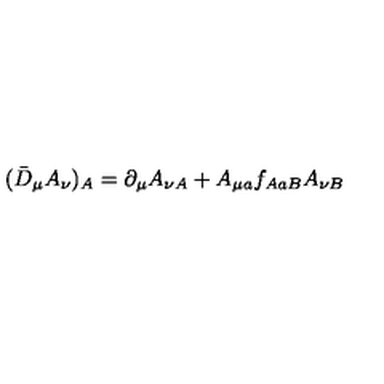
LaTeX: ( \bar { D } _ { \mu } A _ { \nu } ) _ { A } = \partial _ { \mu } A _ { \nu A } + A _ { \mu a } f _ { A a B } A _ { \nu B }